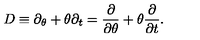
D \equiv \partial _ { \theta } + \theta \partial _ { t } = \frac { \partial } { \partial \theta } + \theta \frac { \partial } { \partial t } .